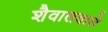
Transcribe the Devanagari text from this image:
शैवालवाले